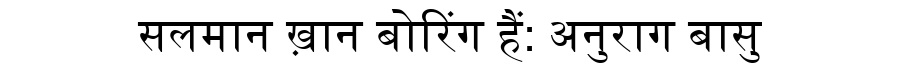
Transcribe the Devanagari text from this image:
सलमान ख़ान बोरिंग हैं: अनुराग बासु